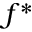
f ^ { * }